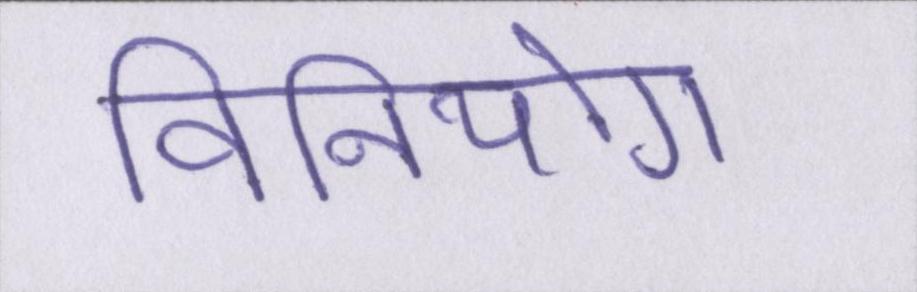
विनियोग